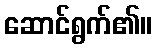
ဆောင်ရွက်၏။